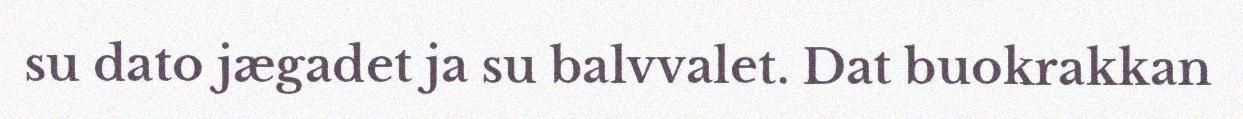
su dato jægadet ja su balvvalet. Dat buokrakkan